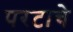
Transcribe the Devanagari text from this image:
परटाचे